Vaccination in Bombay 1902-1912 - 1902-1912
Year: 1902
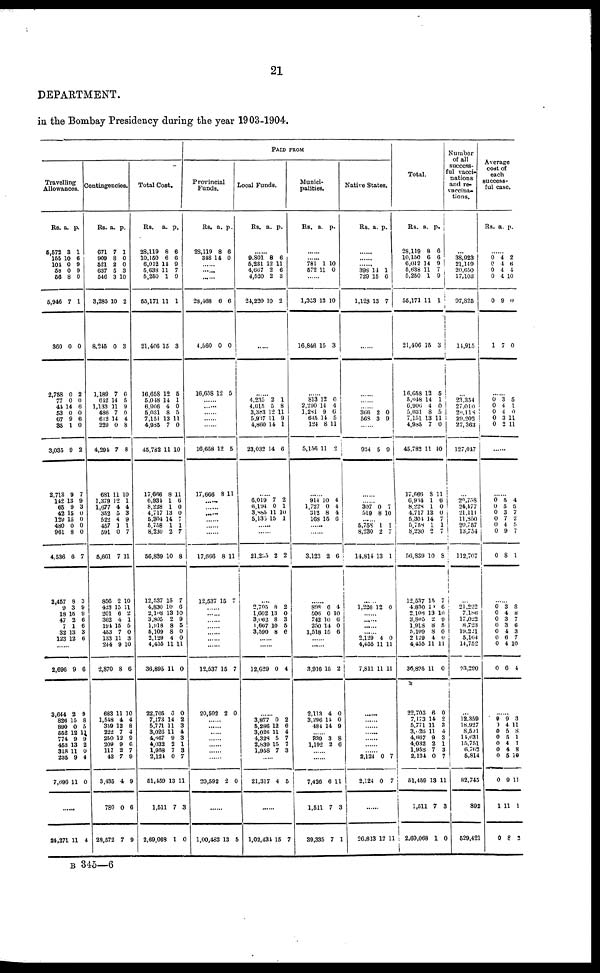
21
DEPARTMENT.
in the Bombay Presidency during the year 1903-1904.
Travelling
Allowances.
Rs.
5,572
155
104
58
56
5,916
360
2,758
77
44
53
67
35
3,035
2,713
142
65
42
129
480
961
4,536
2,457
9
18
47
7
32
123
a.
3
10
0
0
8
7
0
0
0
14
0
9
1
9
9
13
9
15
15
0
8
6
8
3
15
2
1
13
12
p.
1
6
9
9
0
1
0
2
0
6
0
6
0
2
7
9
3
0
0
0
0
7
3
9
9
6
6
3
6
......
2,696
3,644
826
890
552
774
453
318
235
7,696
9
2
15
0
12
9
13
11
9
11
6
9
8
5
11 9 2
0
4
0
......
24,271 11 4
Contingencies.
Rs.
671
909
521
637
546
3,285
8,245
1,189
642
1,133
486
612
229
4,294
681
1,379
1,677
352
522
457
591
5,661
856
423
201
362
194
453
133
244
2,870
683
1,548
359
222
250
209
117
43
3,435
780
28,572
a.
7
8
2
5
3
10
0
7
14
11
7
14
0
7
11
12
4
5
4
1
0
7
2
15
6
4
15
7
11
9
8
11
4
12
7
12
9
2
7
4
0
7
p.
1
0
0
3
10
2
3
6
5
9
0
4
8
8
10
1
4
3
9
1
7
11
10
11 2
1
5
0
3
10
6
10
4
8
4
9
6
7
9
9
6
9
Total Cost.
Rs.
28,119
10,150
6,012
5,638
5,250
55,171
21,406
16,658
5,048
6,906
5,031
7,151
4,985
45,782
17,666
6,934
8,238
4,717
5,304
5,758
8,230
56,839
12,537
4,830
2,108
3,805
1,918
5,109
2,129
4,455
36,895
22,705
7,173
5,771
3,026
4,667
4,032
1,958
2,124
51,459
1,511
2,69,068
a.
8
6
11
11
1
11
15
12
14
4
8
13
7
11
8
1
1
13
14
1
2
10
15
10
13
2
8
8
4
11
11
6
14
11
11
9
2
7
0
13
7
1
p.
6
6
9
7
9
1
3
5
1
0
5
11
0
10
11
6
0
0
7
1
7
8
7
6
10
9
6
0
0
11
0
0
2
3
4
3
1
3
7
11
3
0
PAID FROM
Provincial
Funds.
Rs.
28,119
348
a.
8
14
p.
6
0
...... ......
......
28,468
4,560
16,658
6
0
12
6
0
5
......
......
......
......
......
16,658
17,666
12
8
5
11
......
......
......
......
......
17,666
12,537
8
15
11
7
......
......
......
......
......
......
......
12,537
20,592
15
2
7
0
......
......
......
......
......
......
......
20,592 2 0
......
1,00,483 13 5
Local Funds.
Rs. a. p.
......
9,801
5,231
4,667
4,520
24,220
8
12
2
2
10
6
1
6
3
2
......
......
4,235
4,615
3,383
5,937
4,860
23,032
2
5
12
11
14
14
1
8
11
9
1
6
......
6,019
6,194
3,885
5,135
7
0
11
15
2
1
10
1
......
......
21,255 2 2
......
2,705
1,602
3,062
1,667
3,590
8
13
8
10
8
2
0
3
5
6
......
......
12,629 0 4
......
3,877
5,286
3,026
4,328
2,839
1,958
0
12
11
5
15
7
2
6
4
7
7
3
......
21,317 4 5
......
1,02,434 15 7
Munici-
palities.
Rs.
a. p.
......
...... 781
572
1
11
10
0
......
1,353
16,846
12
15
10
3
......
813
2,290
1,281
645
124
5,156
12
14
9
14
8
11
0
4
6
5
11
2
......
914
1,727
312
168
10
0
8
15
4
4
4
6
......
......
3,123 2 6
......
898
506
742
250
1,518
6
0
10
14
15
4
10
6
0
6
......
......
3,916
2,113
3,296
484
15
4
11
14
2
0
0
9
...... 339
1,192
3
2
8
6
......
......
7,426
1,511
39,335
6
7
7
11
3
1
Native States.
Rs. a. p.
......
......
...... 398
729
1,123
11
15
13
1
6
7
......
......
......
...... 366
568
2
3
0
9
......
934 5 9
......
...... 307
549
0
8 7
10
...... 5,758
8,230
14,814
1
2
13
1
7
1
......
1,226 12 0
......
...... 2,129
4,455
7,811
4
11
11
0
11
11
......
......
......
......
......
...... 2,124
2,124
0
0
7
7
......
26,813 12 11
Total.
Rs.
28,119
10,150
6,012
5,638
5,250
55,171
21,406
16,658
5,048
6,906
5,031
7,151
4,985
45,782
17,666
6,934
8,228
4,717
5,304
5,758
8,230
56,839
12,537
4,830
2,108
3,805
1,918
5,109
2,129
4,455
36,895
22,705
7,173
5,771
3,026
4,667
4,032
1,958
2,124
51,459
1,511
2,69,068
a.
8
6
14
11
1
11
15
12
14
4
8
13
7
11
8
1
1
13
14
1
2
10
15
10
13
2
8
8
4
11
11
6
14
11
11
9
2
7
0
13
7
1
p.
6
6
9
7
9
1
3
5
1
0
5
11
0
10
11
6
0
0
7
1 7
8
7
6
10
9
5
0
0
11
0
0
2
3
4
3
1
3
7
11
3
0
Number
of all
success-
ful vacci-
nations
and re-
vaccina-
tions.
...
38,923
21,140
20,650
17,103
97,825
14,915
...
23,354
27,010
20,118
29,202
27,363
127,047
...
20,758
24,477
21,111
11,850
20,757
13,754
112,707
...
21,222
7,186
17,022
8,723
19,221
5,164
14,752
93,290
...
12,359
18,927
8,501
11,631
15,751
6,762
5,814
82,745
892
529,421
Average
cost of
each
success-
ful case.
Rs. a. p.
......
0
0
0
0
0
1
4
4
4
4
9
7
2
6
4
10
0
0
......
0
0
0
0
0
3
4
4
3
2
5
1
0
11
11
......
......
0
0
0
0
0
0
0
5
5
3
7
4
9
8
4
5
7
2
5
7
1
......
0
0
0
0
0
0
0
0
3
4
3
3
4
6
4
6
8
8
7
6
3
7
10
4
......
9
0
0
0
0
0
0
0
1
0
9
4
5
5
4
4
5
9
11
8
3
11
8
1
1
8
10
11
1
2
B 345—6